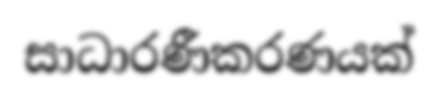
සාධාරණීකරණයක්